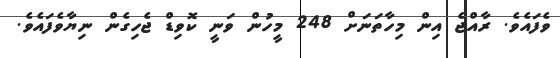
ވެފައެވެ. ރާއްޖެ އިން މިހާތަނަށް 248 މީހުން ވަނީ ކޮވިޑް ޖެހިގެން ނިޔާވެފައެވެ.